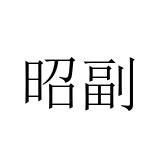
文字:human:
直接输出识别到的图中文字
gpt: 昭副